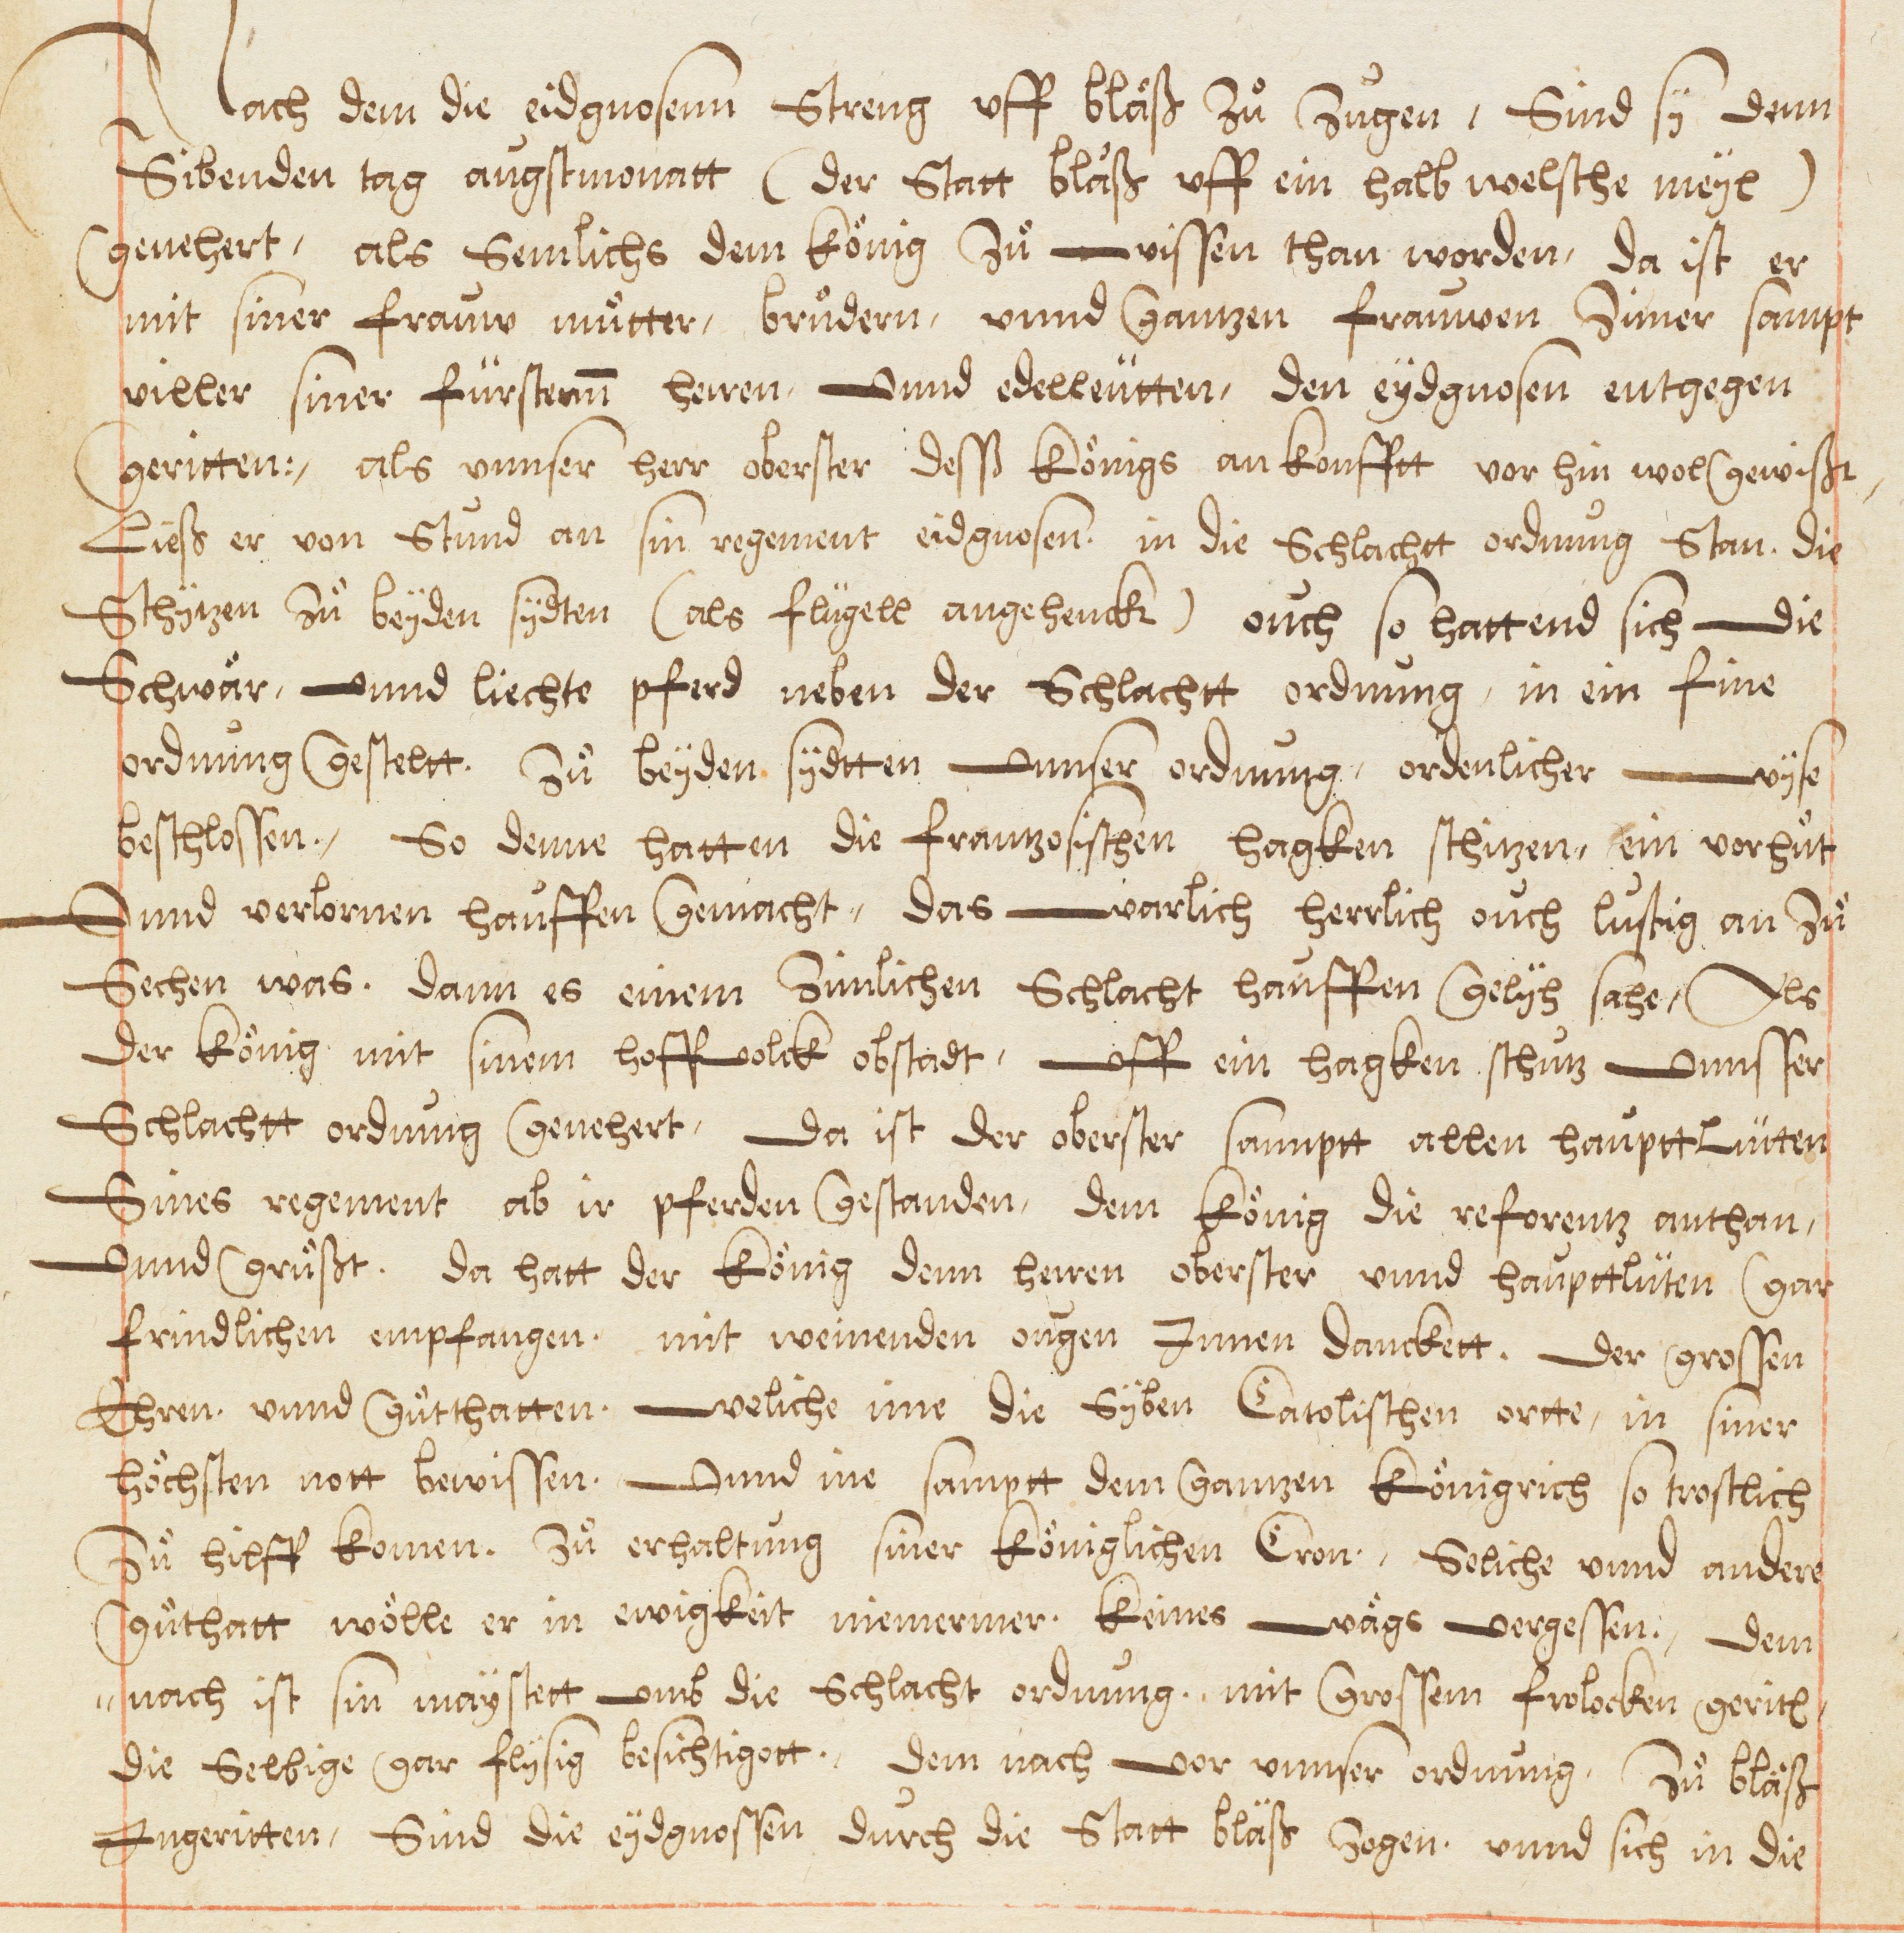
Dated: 1578–1580